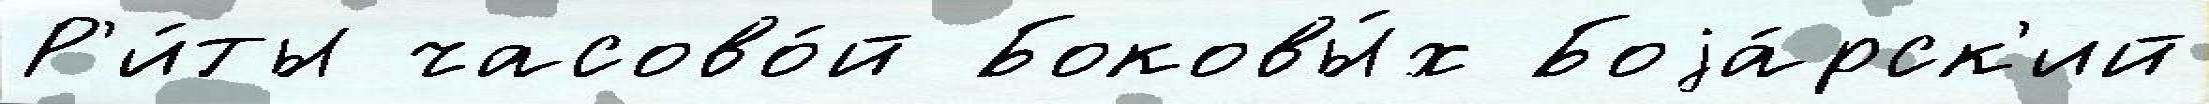
Р'и́ты часово́й Боковы́х Боjа́рск'ий